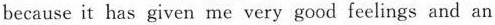
because it has given me very good feelings and an